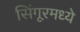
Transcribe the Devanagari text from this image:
सिंगूरमध्ये